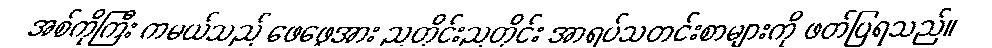
အစ်ကိုကြီး ကမယ်သည် ဖေဖေ့အား ညတိုင်းညတိုင်း အာရပ်သတင်းစာများကို ဖတ်ပြရသည်။